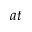
a t